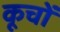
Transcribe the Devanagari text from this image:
कूचों